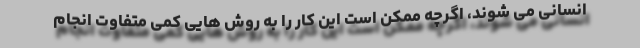
انسانی می شوند، اگرچه ممکن است این کار را به روش هایی کمی متفاوت انجام